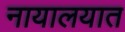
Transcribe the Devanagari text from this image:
नायालयात